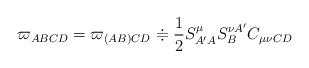
\begin{align*}\varpi _{ABCD}=\varpi _{(AB)CD}\doteqdot \frac{1}{2}S_{A^{\prime }A}^{\mu}S_{B}^{\nu A^{\prime }}C_{\mu \nu CD} \end{align*}